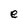
Character: e